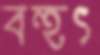
বহুৎ